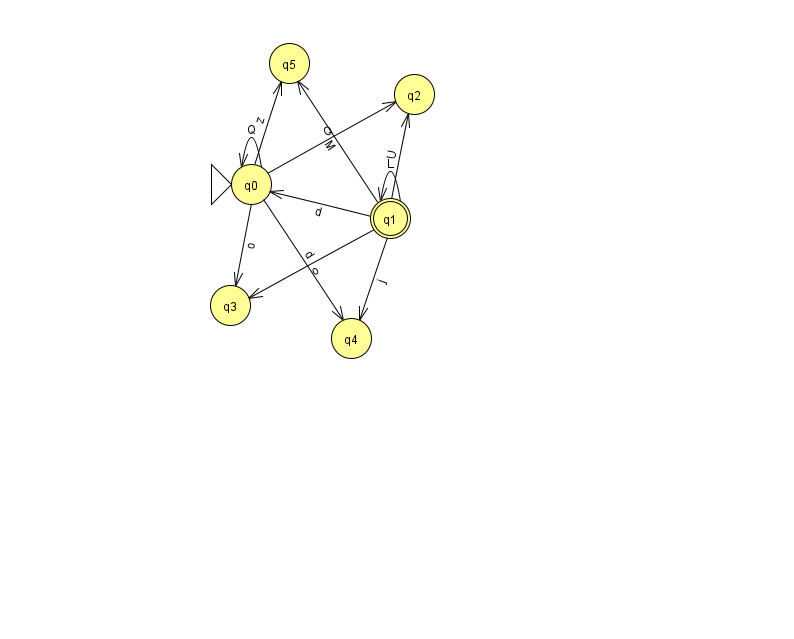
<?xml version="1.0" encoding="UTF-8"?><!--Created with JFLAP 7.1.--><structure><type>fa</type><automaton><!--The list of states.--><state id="0" name="q0"><x>251.0</x><y>171.0</y><initial/></state><state id="1" name="q1"><x>390.0</x><y>205.0</y><final/></state><state id="2" name="q2"><x>414.0</x><y>81.0</y></state><state id="3" name="q3"><x>230.0</x><y>292.0</y></state><state id="4" name="q4"><x>351.0</x><y>325.0</y></state><state id="5" name="q5"><x>289.0</x><y>50.0</y></state><!--The list of transitions.--><transition><from>0</from><to>0</to><read>Q</read></transition><transition><from>1</from><to>0</to><read>d</read></transition><transition><from>1</from><to>4</to><read>j</read></transition><transition><from>0</from><to>4</to><read>d</read></transition><transition><from>0</from><to>5</to><read>z</read></transition><transition><from>1</from><to>2</to><read>U</read></transition><transition><from>1</from><to>1</to><read>L</read></transition><transition><from>1</from><to>5</to><read>M</read></transition><transition><from>0</from><to>3</to><read>o</read></transition><transition><from>1</from><to>3</to><read>o</read></transition><transition><from>0</from><to>2</to><read>Q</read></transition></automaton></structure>